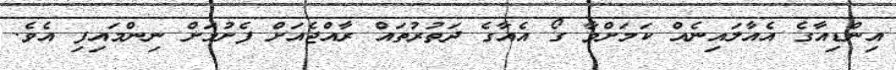
އިންޑިއާގެ އެއާލައިނެއް ކަމަށްވާ ގޯ އެއާގެ ދަތުރުތައް ރާއްޖެއަށް ފެށުމަށް ނިންމައިފި އެވެ.